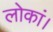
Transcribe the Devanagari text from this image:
लोकां।